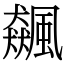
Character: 飆